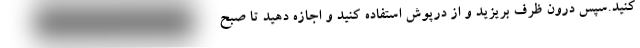
کنید.سپس درون ظرف بریزید و از درپوش استفاده کنید و اجازه دهید تا صبح